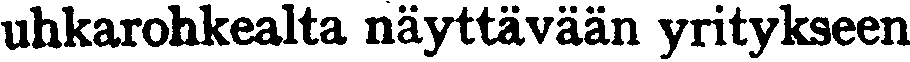
uhkarohkealta näyttävään yritykseen